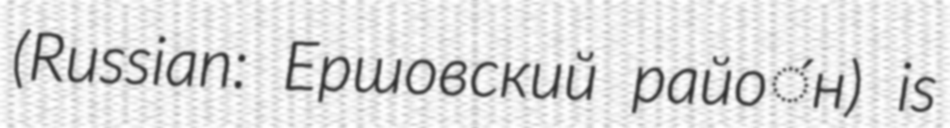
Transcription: (Russian: Ершовский райо́н) is